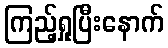
ကြည့်ရှုပြီးနောက်